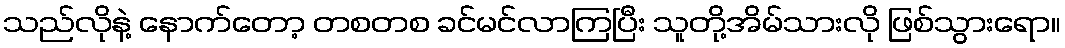
သည်လိုနဲ့ နောက်တော့ တစတစ ခင်မင်လာကြပြီး သူတို့အိမ်သားလို ဖြစ်သွားရော။